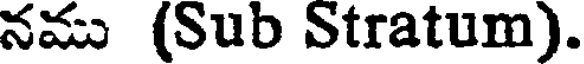
నము (Sub Stratum).